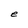
Character: e